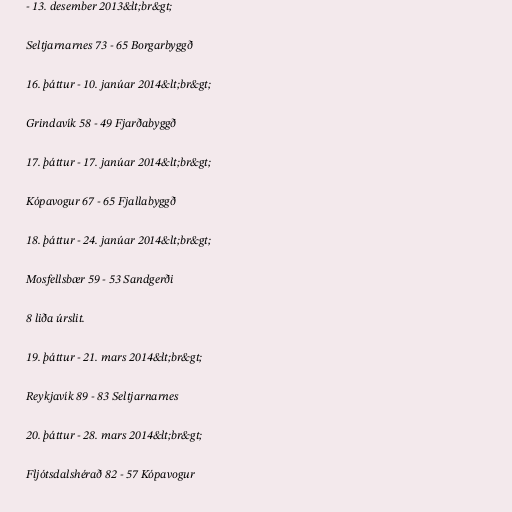
- 13. desember 2013&lt;br&gt;

Seltjarnarnes 73 - 65 Borgarbyggð

16. þáttur - 10. janúar 2014&lt;br&gt;

Grindavík 58 - 49 Fjarðabyggð

17. þáttur - 17. janúar 2014&lt;br&gt;

Kópavogur 67 - 65 Fjallabyggð

18. þáttur - 24. janúar 2014&lt;br&gt;

Mosfellsbær 59 - 53 Sandgerði

8 liða úrslit.

19. þáttur - 21. mars 2014&lt;br&gt;

Reykjavík 89 - 83 Seltjarnarnes

20. þáttur - 28. mars 2014&lt;br&gt;

Fljótsdalshérað 82 - 57 Kópavogur